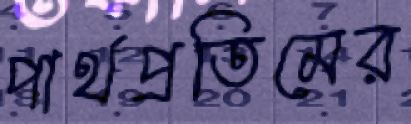
পার্থপ্রতিমের